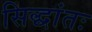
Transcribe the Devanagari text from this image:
सिद्धांतः